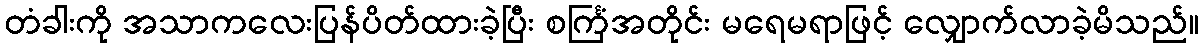
တံခါးကို အသာကလေးပြန်ပိတ်ထားခဲ့ပြီး စင်္ကြံအတိုင်း မရေမရာဖြင့် လျှောက်လာခဲ့မိသည်။